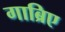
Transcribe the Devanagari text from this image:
गाब्रिए